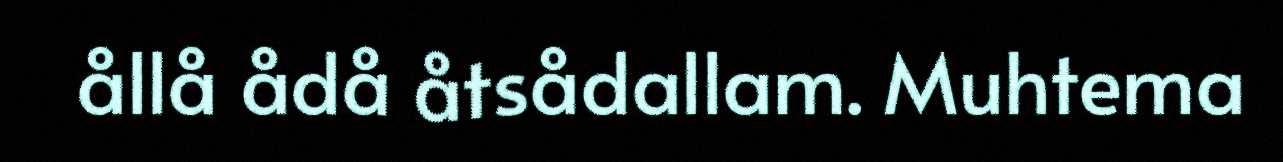
ållå ådå åtsådallam. Muhtema